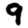
Digit: 9